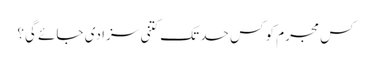
کس مجرم کو کس حد تک کتنی سزا دی جائے گی؟